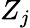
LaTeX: Z_{j}